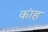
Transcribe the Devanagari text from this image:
कांह